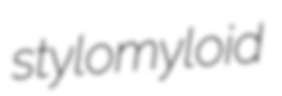
stylomyloid